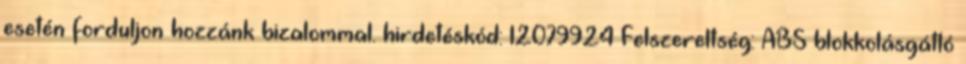
esetén forduljon hozzánk bizalommal. hirdetéskód: 12079924 Felszereltség: ABS blokkolásgátló